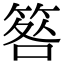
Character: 𥮑